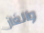
والغاز